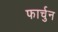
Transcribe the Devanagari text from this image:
फार्चुन